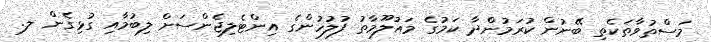
މަސްތުވާތަކެތި ބޭނުން ކުރަމުންދާ ކަމުގެ މައުލޫމާތު ފުލުހުންގެ އިންޓެލިޖެންސަށް ލިބުމާއި ގުޅިގެން ލ.